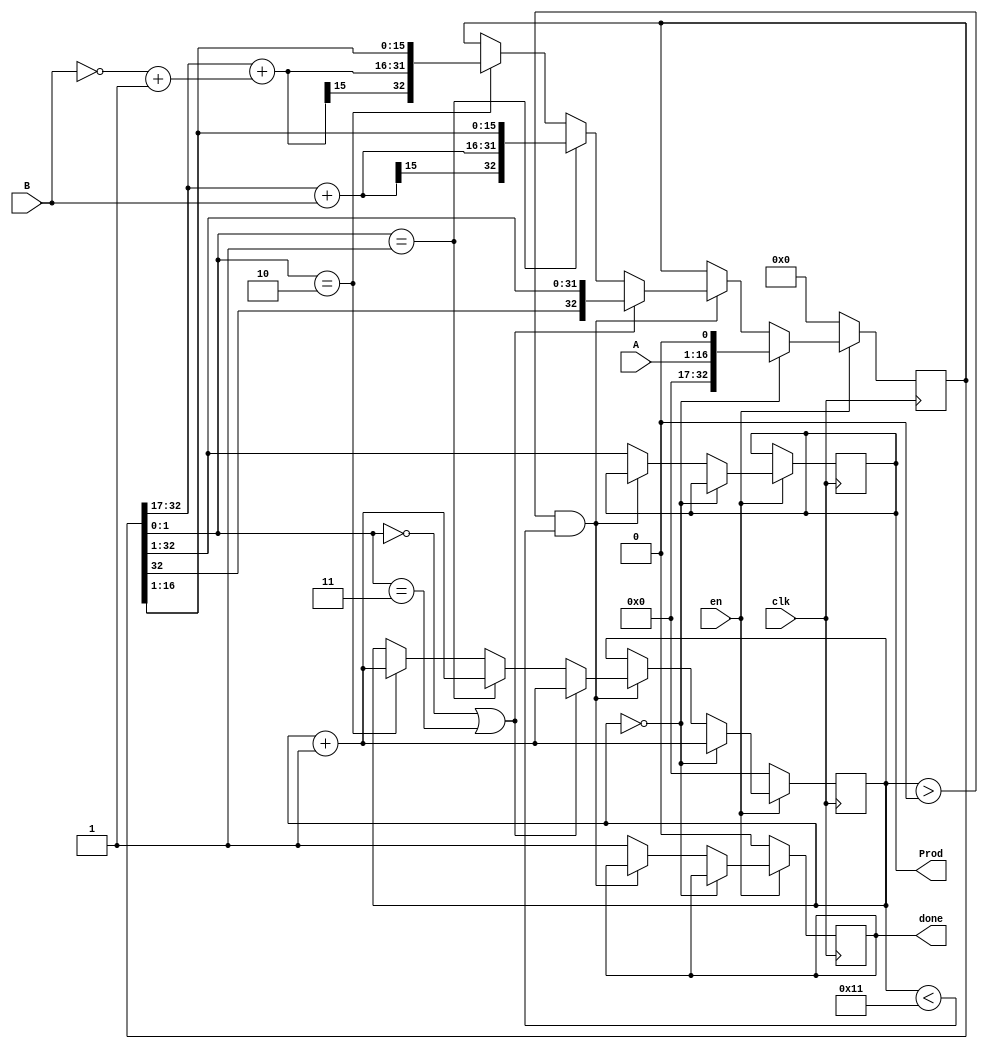
`timescale 1ns / 1ps

// 16 bit Booth Multiplier
module Booth_Multiplier(
input clk,en,
input [15:0] A,B,
output reg [31:0] Prod,
output reg done
);

reg [15:0] cnt;
reg [32:0] temp;
wire [15:0] negB;
assign negB = ~ B + 1'b1 ;
always @ (posedge clk)
begin
if(~en)
begin
cnt=16'd0;
temp=33'd0;
done <=1'b0;
end
else
begin
if(cnt==16'd0)
begin
temp <= {16'd0,A,1'b0};
cnt <= cnt + 1'b1;
end
else if(cnt> 16'd0 && cnt <16'd17)
begin
if(temp[1:0] == 2'b00 || temp[1:0] == 2'b11 )
begin
temp = {temp[32],temp[32:1]};
cnt = cnt + 1'b1;
end
else if(temp[1:0] == 2'b01)
begin
temp[32:17] = temp[32:17] + B;
temp = {temp[32],temp[32:1]};
cnt = cnt+1'b1;
end

else if(temp[1:0] == 2'b10)
begin
temp[32:17] = temp[32:17] + negB;
temp = {temp[32],temp[32:1]};
cnt = cnt+1'b1;
end
end
else
begin
Prod = temp[32:1];
done =1'b1;
end
end
end

endmodule